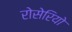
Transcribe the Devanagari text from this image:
रोसेरियो